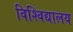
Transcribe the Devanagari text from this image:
विश्‍विद्यालय